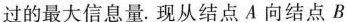
过的最大信息量。现从结点A向结点B 传